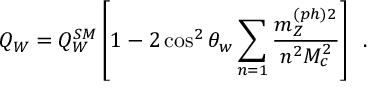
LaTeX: Q _ { W } = Q _ { W } ^ { S M } \left[ 1 - 2 \cos ^ { 2 } \theta _ { w } \sum _ { n = 1 } \frac { m _ { Z } ^ { ( p h ) 2 } } { n ^ { 2 } M _ { c } ^ { 2 } } \right] \, \, \, .